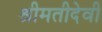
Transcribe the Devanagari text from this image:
श्रीमतीदेवी